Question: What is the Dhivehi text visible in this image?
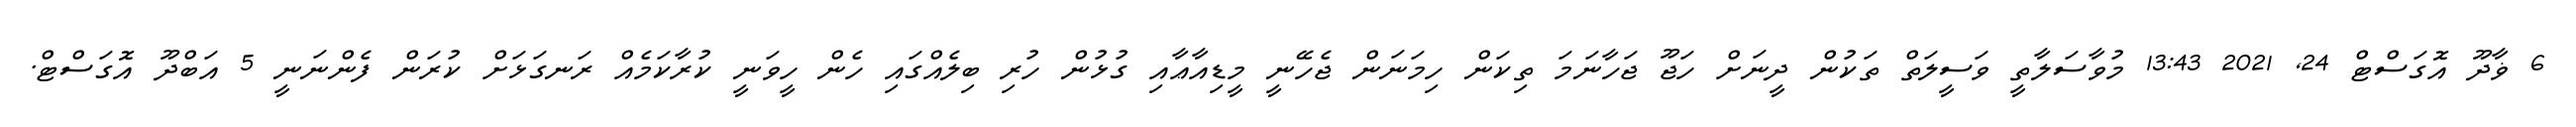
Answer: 6 ޥާދޫ އޮގަސްޓް 24, 2021 13:43 މުވާސަލާތީ ވަސީލަތް ތަކުން ދީނަށް ހަޖޫ ޖަހާނަމަ ތިކަން ހިމަނަން ޖެހޭނީ މީޑިއާޢާއި ގުޅުން ހުރި ބިލެއްގައި ހެން ހީވަނީ ކުރާކަމެއް ރަނގަޅަށް ކުރަން ފެންނަނީ 5 އަބްދޫ އޮގަސްޓް.